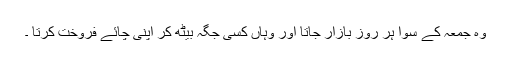
وہ جمعہ کے سوا ہر روز بازار جاتا اور وہاں کسی جگہ بیٹھ کر اپنی چائے فروخت کرتا ۔